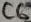
Text: C6